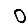
Digit: 0